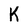
Character: K